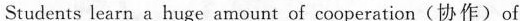
Students learn a huge amount of cocperation(协作)of